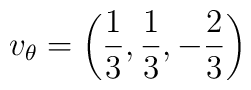
v_{\theta}=\left( \frac{1}{3},\frac{1}{3},-\frac{2}{3} \right)